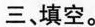
三、填空。